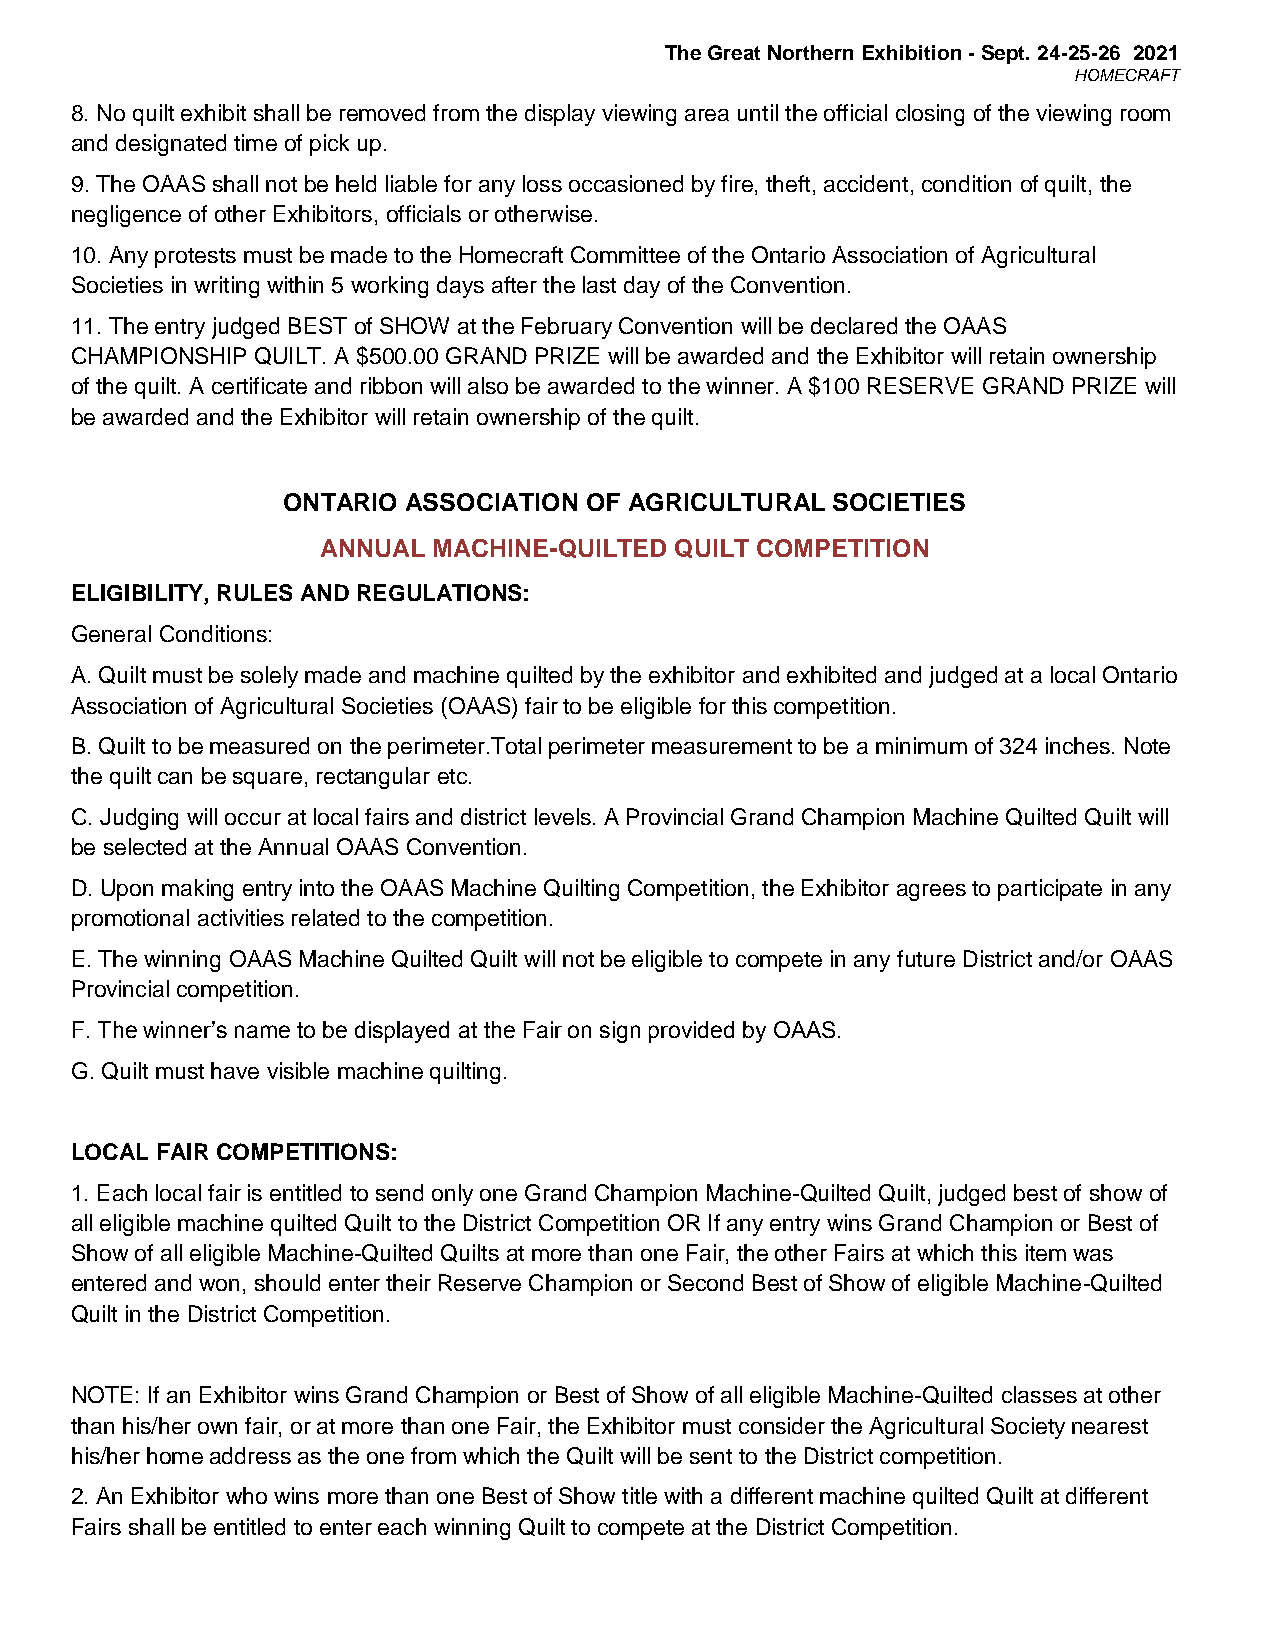
The Great Northern Exhibition - Sept. 24-25-26 2021
 HOMECRAFT
 8. No quilt exhibit shall be removed from the display viewing area until the official closing of the viewing room
 and designated time of pick up.
 9. The OAAS shall not be held liable for any loss occasioned by fire, theft, accident, condition of quilt, the
 negligence of other Exhibitors, officials or otherwise.
 10. Any protests must be made to the Homecraft Committee of the Ontario Association of Agricultural
 Societies in writing within 5 working days after the last day of the Convention.
 11. The entry judged BEST of SHOW at the February Convention will be declared the OAAS
 CHAMPIONSHIP QUILT. A $500.00 GRAND PRIZE will be awarded and the Exhibitor will retain ownership
 of the quilt. A certificate and ribbon will also be awarded to the winner. A $100 RESERVE GRAND PRIZE will
 be awarded and the Exhibitor will retain ownership of the quilt.
 ONTARIO ASSOCIATION OF AGRICULTURAL SOCIETIES
 ANNUAL  MACHINE-QUILTED QUILT COMPETITION
 ELIGIBILITY, RULES AND REGULATIONS:
 General Conditions:
 A. Quilt must be solely made and machine quilted by the exhibitor and exhibited and judged at a local Ontario
 Association of Agricultural Societies (OAAS) fair to be eligible for this competition.
 B. Quilt to be measured on the perimeter.Total perimeter measurement to be a minimum of 324 inches. Note
 the quilt can be square, rectangular etc.
 C. Judging will occur at local fairs and district levels. A Provincial Grand Champion Machine Quilted Quilt will
 be selected at the Annual OAAS Convention.
 D. Upon making entry into the OAAS Machine Quilting Competition, the Exhibitor agrees to participate in any
 promotional activities related to the competition.
 E. The winning OAAS Machine Quilted Quilt will not be eligible to compete in any future District and/or OAAS
 Provincial competition.
 F. The winner’s name to be displayed at the Fair on sign provided by OAAS.
 G. Quilt must have visible machine quilting.
 LOCAL FAIR COMPETITIONS:
 1. Each local fair is entitled to send only one Grand Champion Machine-Quilted Quilt, judged best of show of
 all eligible machine quilted Quilt to the District Competition OR If any entry wins Grand Champion or Best of
 Show of all eligible Machine-Quilted Quilts at more than one Fair, the other Fairs at which this item was
 entered and won, should enter their Reserve Champion or Second Best of Show of eligible Machine-Quilted
 Quilt in the District Competition.
 NOTE: If an Exhibitor wins Grand Champion or Best of Show of all eligible Machine-Quilted classes at other
 than his/her own fair, or at more than one Fair, the Exhibitor must consider the Agricultural Society nearest
 his/her home address as the one from which the Quilt will be sent to the District competition.
 2. An Exhibitor who wins more than one Best of Show title with a different machine quilted Quilt at different
 Fairs shall be entitled to enter each winning Quilt to compete at the District Competition.